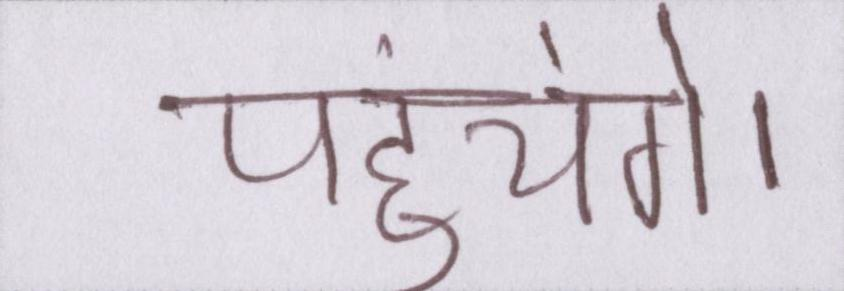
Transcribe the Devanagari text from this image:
पहुंचेंगे।